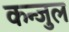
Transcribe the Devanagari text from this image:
कन्जुल